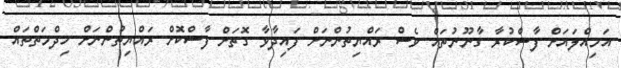
އަމިއްލައަށް ފާސްކުރާ ގާނޫނުތައް ވެސް ރައްޔިތުންނަށް ފައިދާވާ ގޮތަށް ފާސްކޮށް ރައްޔިތުންނަށް ހިދްމަތްތައް